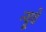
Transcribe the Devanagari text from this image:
न्यूवे